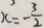
x = - \frac { 3 } { 2 }